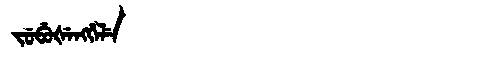
Manchu: ᠵᡠᠪᡠᡧᡝᠩᡤᡝᠯᡝ
Romanization: JUBUŠENGGELE